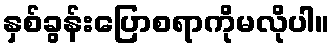
နှစ်ခွန်းပြောစရာကိုမလိုပါ။